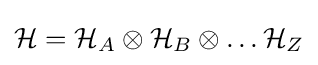
{\cal {H}}={\cal {H}}_{A}\otimes {\cal {H}}_{B}\otimes \dots {\cal {H}}_{Z}